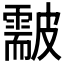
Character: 𥀫